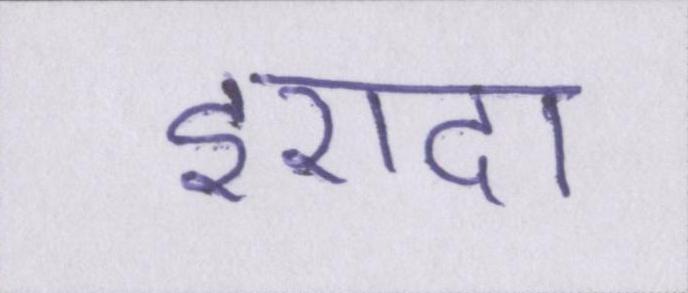
इरादा